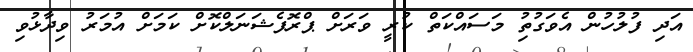
އަދި ފުލުހުން އެވަގުތިު މަސައްކަތް ކުރީ ވަރަށް ޕްރޮފެޝަނަލްކޮށް ކަމަށް އުމަރު ވިދާޅުވި